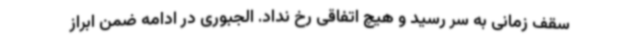
سقف زمانی به سر رسید و هیچ اتفاقی رخ نداد. الجبوری در ادامه ضمن ابراز